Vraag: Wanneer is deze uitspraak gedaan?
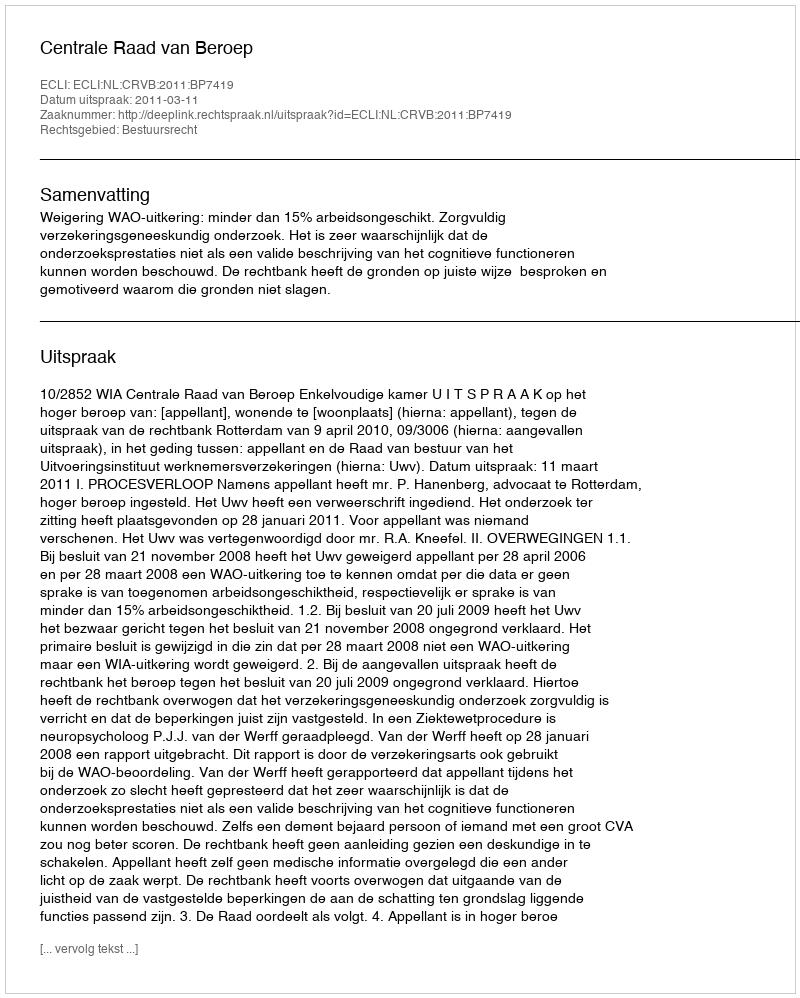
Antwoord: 2011-03-11